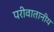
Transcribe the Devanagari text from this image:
परीवातानीय